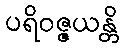
ပရိဝဇ္ဇယန္တိ